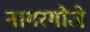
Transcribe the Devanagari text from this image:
नागरगोजे